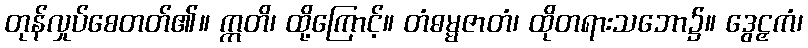
တုန်လှုပ်စေတတ်၏။ ဣတိ၊ ထို့ကြောင့်။ တံဓမ္မဇာတံ၊ ထိုတရားသဘော၌။ ဒွေဠှကံ၊